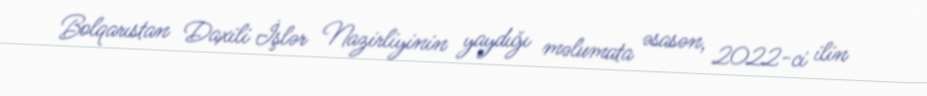
Bolqarıstan Daxili İşlər Nazirliyinin yaydığı məlumata əsasən, 2022-ci ilin